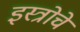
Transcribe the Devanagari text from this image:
इस्त्रोचे